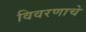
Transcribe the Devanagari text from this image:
विवरणाचे